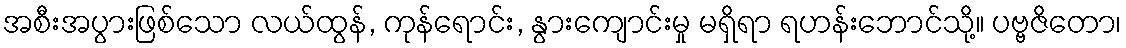
အစီးအပွားဖြစ်သော လယ်ထွန်, ကုန်ရောင်း, နွားကျောင်းမှု မရှိရာ ရဟန်းဘောင်သို့။ ပဗ္ဗဇိတော၊